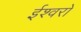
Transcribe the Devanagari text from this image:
ईश्वरो